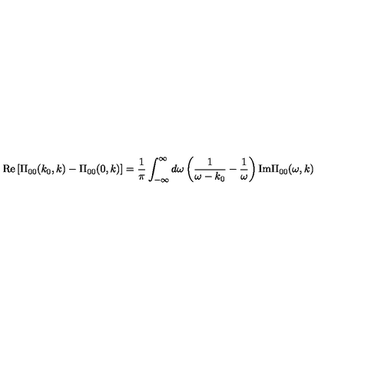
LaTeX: \mathrm { R e } \left[ \Pi _ { 0 0 } ( k _ { 0 } , k ) - \Pi _ { 0 0 } ( 0 , k ) \right] = { \frac { 1 } { \pi } } \int _ { - \infty } ^ { \infty } d \omega \left( { \frac { 1 } { \omega - k _ { 0 } } } - { \frac { 1 } { \omega } } \right) \mathrm { I m } \Pi _ { 0 0 } ( \omega , k )